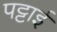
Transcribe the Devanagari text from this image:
पट्टाई